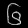
Digit: ၆